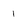
Character: 1